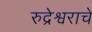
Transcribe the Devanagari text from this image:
रुद्रेश्वराचे